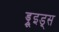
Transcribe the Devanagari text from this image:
ड्रूइड्स